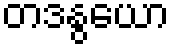
တဒနွယော